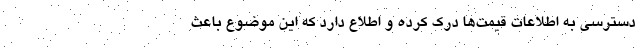
دسترسی به اطلاعات قیمت‌ها درک کرده و اطلاع دارد که این موضوع باعث